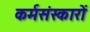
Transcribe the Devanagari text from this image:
कर्मसंस्कारों